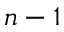
n - 1